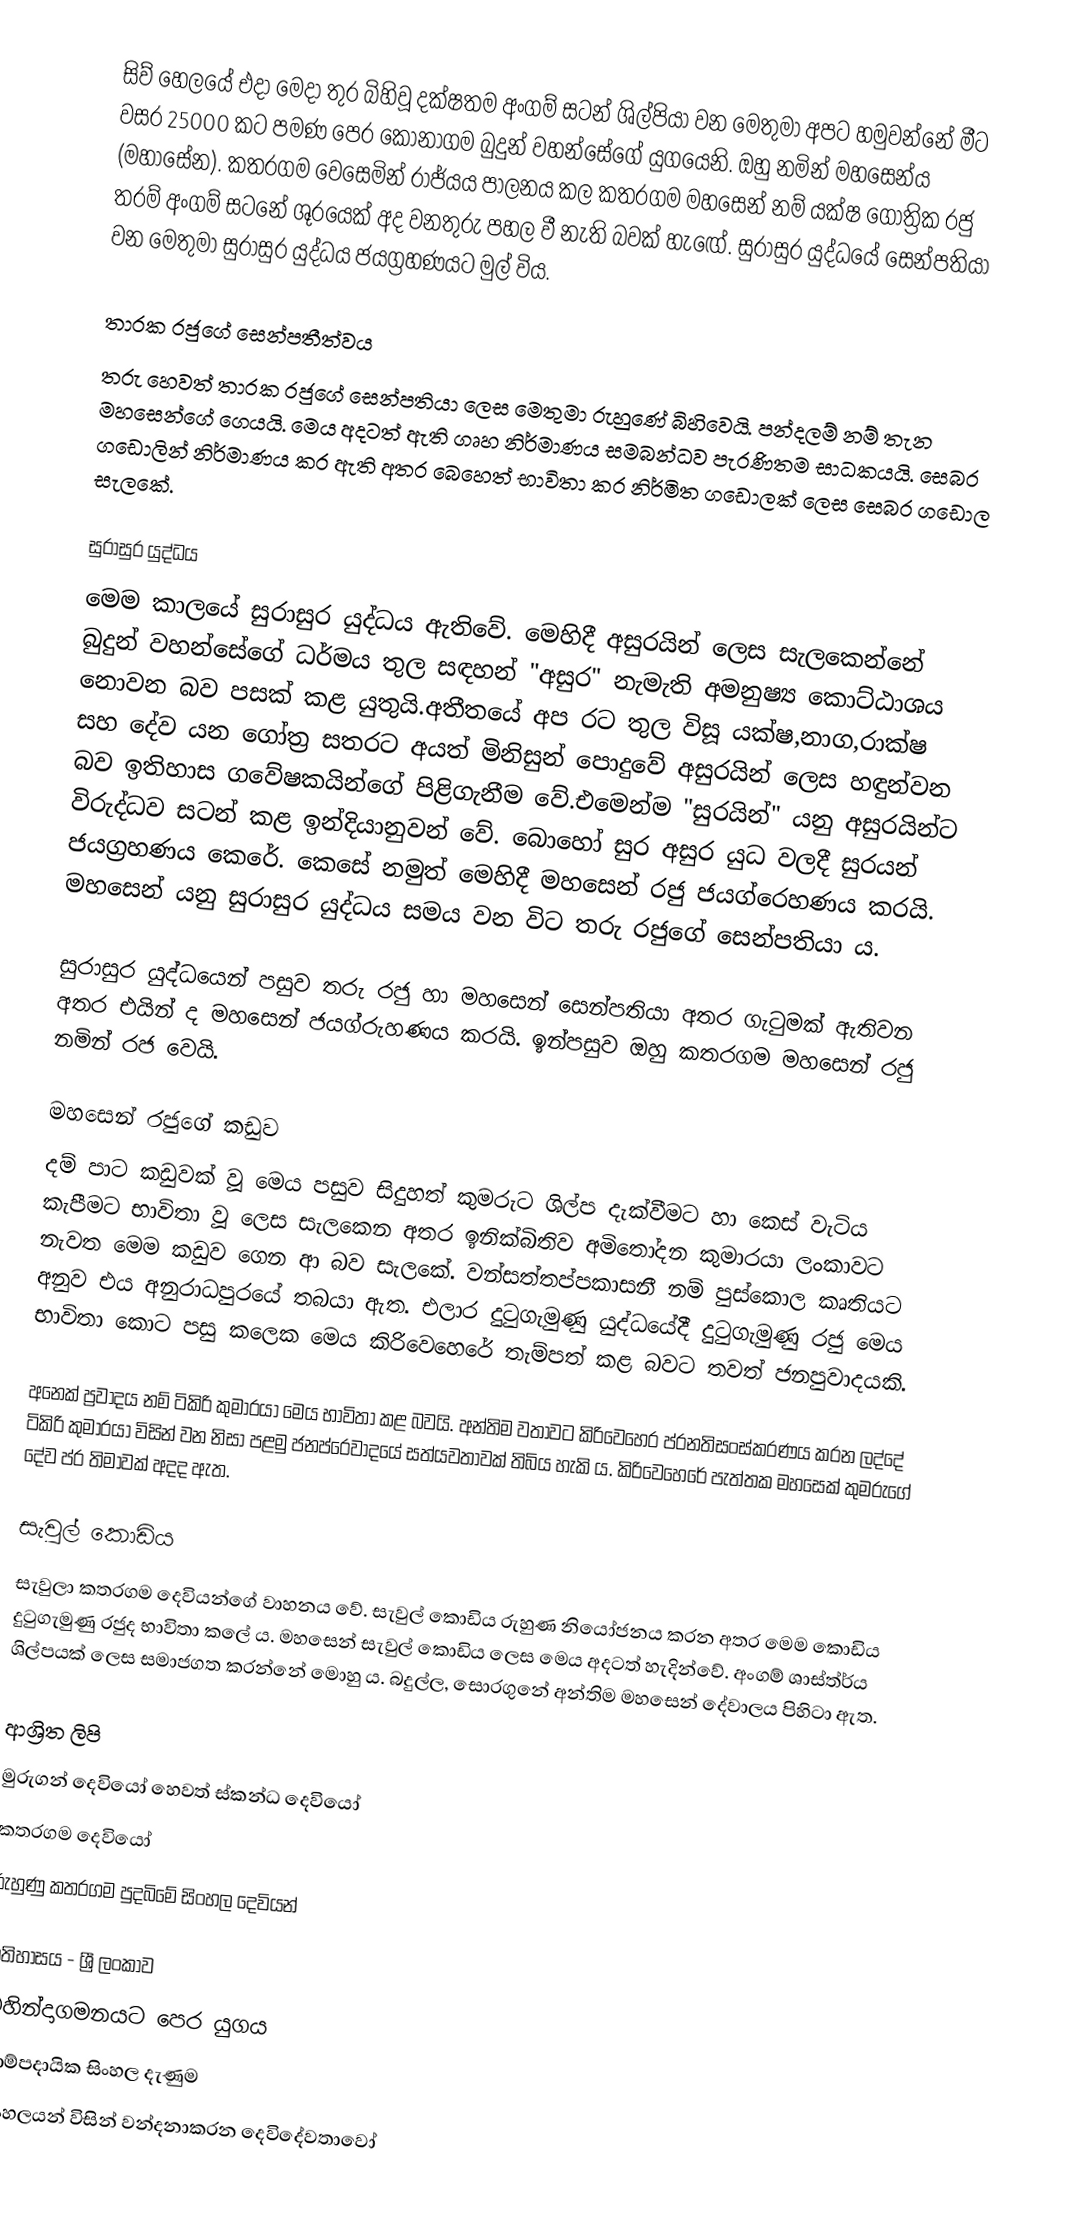
සිව් හෙලයේ එදා මෙදා තුර බිහිවූ දක්ෂතම අංගම් සටන් ශිල්පියා වන මෙතුමා අපට හමුවන්නේ මීට වසර 25000 කට පමණ පෙර කෝනාගම බුදුන් වහන්සේගේ යුගයෙනි. ඔහු නමින් මහසෙන්ය (මහාසේන). කතරගම වෙසෙමින් රාජ්යය පාලනය කල කතරගම මහසෙන් නම් යක්ෂ ගෝත්‍රික රජු තරම් අංගම් සටනේ ශූරයෙක් අද වනතුරු පහල වී නැති බවක් හැඟේ.  සුරාසුර යුද්ධයේ සෙන්පතියා වන මෙතුමා සුරාසුර යුද්ධය ජයග්‍රහණයට මුල් විය.

තාරක රජුගේ සෙන්පතීත්වය
තරු හෙවත් තාරක රජුගේ සෙන්පතියා ලෙස මෙතුමා රුහුණේ බිහිවෙයි. පන්දලම් නම් තැන මහසෙන්ගේ ගෙයයි. මෙය අදටත් ඇති ගෘහ නිර්මාණය සමබන්ධව පැරණිතම සාධකයයි. සෙබර ගඩොලින් නිර්මාණය කර ඇති අතර බෙහෙත් භාවිතා කර නිර්මිත ගඩොලක් ලෙස සෙබර ගඩොල සැලකේ.

සුරාසුර යුද්ධය
මෙම කාලයේ සුරාසුර යුද්ධය ඇතිවේ. මෙහිදී අසුරයින් ලෙස සැලකෙන්නේ බුදුන් වහන්සේගේ ධර්මය තුල සඳහන් "අසුර" නැමැති අමනුෂ්‍ය කොට්ඨාශය නොවන බව පසක් කළ යුතුයි.අතීතයේ අප රට තුල විසූ යක්ෂ,නාග,රාක්ෂ සහ දේව යන ගෝත්‍ර සතරට අයත් මිනිසුන් පොදුවේ අසුරයින් ලෙස හඳුන්වන​ බව ඉතිහාස ගවේෂකයින්ගේ පිළිගැනීම වේ.එමෙන්ම "සුරයින්" යනු අසුරයින්ට විරුද්ධව සටන් කළ ඉන්දියානුවන් වේ. බොහෝ සුර අසුර යුධ වලදී සුරයන් ජයග්‍රහණය කෙරේ. කෙසේ නමුත් මෙහිදී මහසෙන් රජු ජයග්රෙහණය කරයි. මහසෙන් යනු සුරාසුර යුද්ධය සමය වන විට තරු රජුගේ සෙන්පතියා ය.

සුරාසුර යුද්ධයෙන් පසුව තරු රජු හා මහසෙන් සෙන්පතියා අතර ගැටුමක් ඇතිවන අතර එයින් ද මහසෙන් ජයග්රුහණය කරයි. ඉන්පසුව ඔහු කතරගම මහසෙන් රජු නමින් රජ වෙයි.

මහසෙන් රජුගේ කඩුව
දම් පාට කඩුවක් වූ මෙය පසුව සිදුහත් කුමරුට ශිල්ප දැක්වීමට හා කෙස් වැටිය කැපීමට  භාවිතා වූ ලෙස සැලකෙන අතර ඉනික්බිතිව අමිතෝදන කුමාරයා ලංකාවට ‍නැවත මෙම කඩුව ගෙන ආ බව සැලකේ. වන්සත්තප්පකාසනී නම් පුස්කොල කෘතියට අනුව  එය අනුරාධපුරයේ තබයා ඇත. එලාර දුටුගැමුණු යුද්ධයේදී දුටුගැමුණු රජු මෙය භාවිතා කොට පසු කලෙක මෙය කිරිවෙහෙරේ තැම්පත් කළ බවට තවත් ජනපුවාදයකි.

අනෙක් ප්‍රවාදය නම් ටිකිරි කුමාරයා මෙය භාවිතා කළ බවයි. අන්තිම වතාවට කිරිවෙහෙර ප්රනතිසංස්කරණය කරන ලද්දේ ටිකිරි කුමාරයා විසින් වන නිසා පළමු ජනප්රෙවාදයේ සත්යවතාවක් තිබිය හැකි ය. කිරිවෙහෙරේ පැත්තක මහසෙක් කුමරුගේ දේව ප්ර තිමාවක් අදද ඇත.

සැවුල් කොඩිය
සැවුලා කතරගම දෙවියන්ගේ වාහනය වේ. සැවුල් කොඩිය රුහුණ නියෝජනය කරන අතර මෙම කොඩිය දුටුගැමුණු රජුද භාවිතා කලේ ය. මහසෙන් සැවුල් කොඩිය ලෙස මෙය අදටත් හැදින්වේ. අංගම් ශාස්ත්ර්ය ශිල්පයක් ලෙස සමාජගත කරන්නේ මොහු ය. බදුල්ල, සොරගුනේ අන්තිම මහසෙන් දේවාලය පිහිටා ඇත.

ආශ්‍රිත ලිපි
  මුරුගන් දෙවියෝ හෙවත් ස්‍කන්ධ දෙවියෝ
 කතරගම දෙවියෝ
 රුහුණු කතරගම පුදබිමේ සිංහල දෙවියන්

ඉතිහාසය - ශ්‍රී ලංකාව
මහින්දාගමනයට පෙර යුගය
සාම්පදායික සිංහල දැණුම
සිංහලයන් විසින් වන්දනාකරන දෙවිදේවතාවෝ